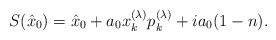
\begin{align*}S(\hat{x}_0)=\hat{x}_0+a_0x_k^{(\lambda)}p_k^{(\lambda)}+ia_0(1-n).\end{align*}